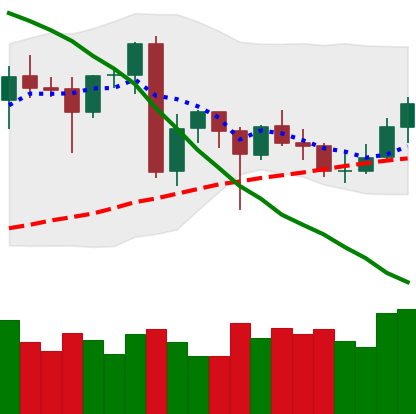
Ticker: XMR-USD
Chart end date: 2020-06-23
Forward return: -5.426%
Label: down_5_7